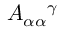
A _ { \alpha \alpha } { } ^ { \gamma } \qquad